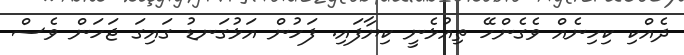
ދެއްކި ކިހިނެއް ވެގެންހޭ ތިއުޅެނީ ކިޔާފައި. ފަހުން އަޅުގަނޑު ގައިގަ ޖަހަން ވެސް